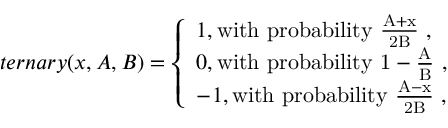
t e r n a r y ( x , A , B ) = \left\{ \begin{array} { l l } { \hfill 1 , \hfill \mathrm { w i t h ~ p r o b a b i l i t y ~ \frac { A + x } { 2 B } ~ } , } \\ { \hfill 0 , \hfill \mathrm { w i t h ~ p r o b a b i l i t y ~ 1 - \frac { A } { B } ~ } , } \\ { \hfill - 1 , \hfill \mathrm { w i t h ~ p r o b a b i l i t y ~ \frac { A - x } { 2 B } ~ } , } \end{array} \right.